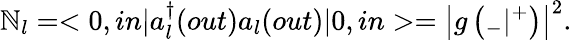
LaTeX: \mathbb{N}_{l}=<0,in|a_{l}^{\dagger}(out)a_{l}(out)|0,in>=\left|g\left({}_{-}|{}^{+}\right)\right|^{2}.